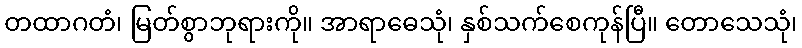
တထာဂတံ၊ မြတ်စွာဘုရားကို။ အာရာဓေသုံ၊ နှစ်သက်စေကုန်ပြီ။ တောသေသုံ၊